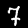
Label: 7